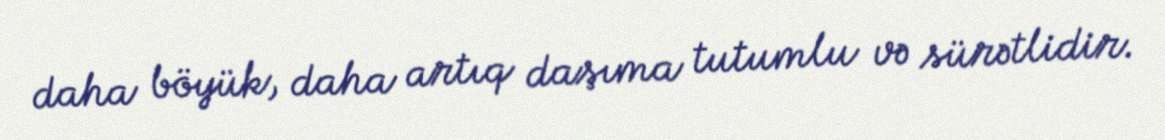
daha böyük, daha artıq daşıma tutumlu və sürətlidir.